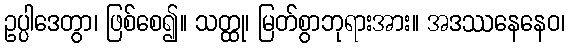
ဥပ္ပါဒေတွာ၊ ဖြစ်စေ၍။ သတ္ထု၊ မြတ်စွာဘုရားအား။ အဒဿနေနေဝ၊